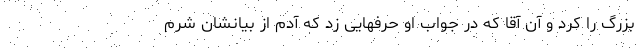
بزرگ را کرد و آن آقا که در جواب او حرفهایی زد که آدم از بیانشان شرم